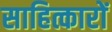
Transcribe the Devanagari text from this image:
साहित्कारों